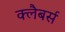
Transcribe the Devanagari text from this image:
क्लैबर्स